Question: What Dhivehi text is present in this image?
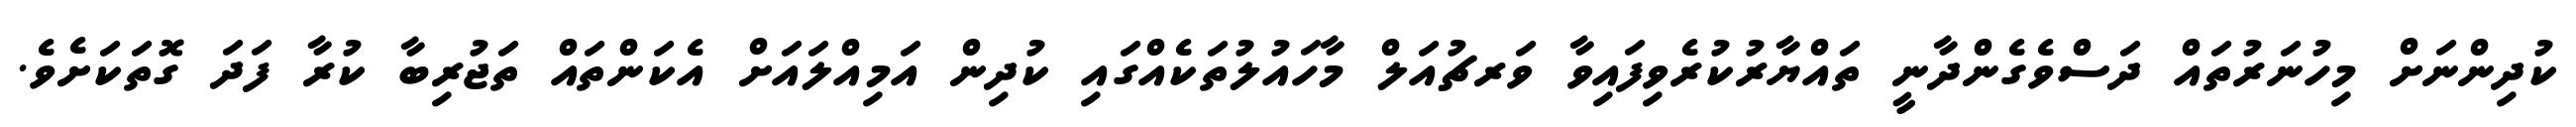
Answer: ކުދިންނަށް މިހުނަރުތައް ދަސްވެގެންދާނީ ތައްޔާރުކުރެވިފައިވާ ވަރޗުއަލް މާހައުލުތަކެއްގައި ކުދިން އަމިއްލައަށް އެކަންތައް ތަޖުރިބާ ކުރާ ފަދަ ގޮތަކަށެވެ.